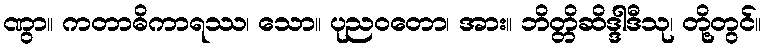
ဏွာ။ ကတာဓိကာရဿ၊ သော။ ပုညဝတော၊ အား။ ဘိတ္တိဆိဒ္ဒါဒီသု၊ တို့တွင်။